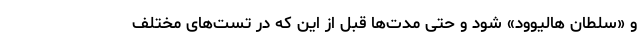
و «سلطان هالیوود» شود و حتی مدت‌ها قبل از این‌ که در تست‌های مختلف